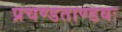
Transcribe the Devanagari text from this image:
प्रचण्डताण्डवः